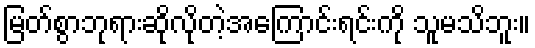
မြတ်စွာဘုရားဆိုလိုတဲ့အကြောင်းရင်းကို သူမသိဘူး။